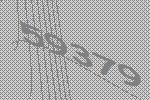
59379